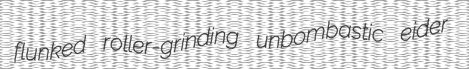
flunked roller-grinding unbombastic eider